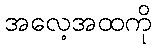
အလေ့အထကို